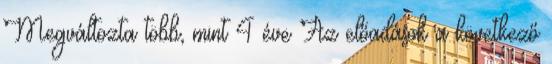
Megváltozta több, mint 4 éve Az előadások a következő